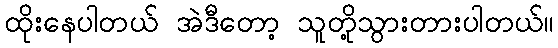
ထိုးနေပါတယ် အဲဒီတော့ သူတို့သွားတားပါတယ်။